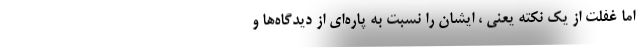
اما غفلت از یک نکته یعنی ، ایشان را نسبت به پاره‌ای از دیدگاه‌ها و